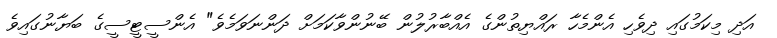
އަދި މިކަމުގައި ދިވެހި އެންމެހާ ރައްޔިތުންގެ އެއްބާރުލުން ބޭނުންވާކަމަށް ދަންނަވަމެވެ" އެންސީޓީސީގެ ބަޔާނުގައިވެ